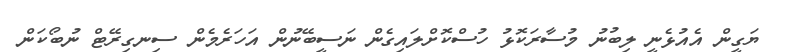
ޔަގީން އެއުޅެނީ ލިބުނު މުސާރަކޮޅު ހުސްކޮށްލައިގެން ނަސީބޭނުން އަހަރެމެން ސިނގިރޭޓް ނުބޯކަން